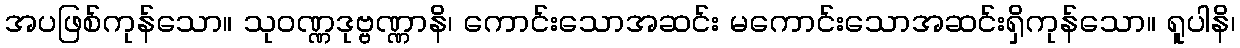
အပဖြစ်ကုန်သော။ သုဝဏ္ဏဒုဗ္ဗဏ္ဏာနိ၊ ကောင်းသောအဆင်း မကောင်းသောအဆင်းရှိကုန်သော။ ရူပါနိ၊